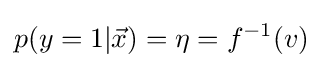
p(y=1|{\vec {x}})=\eta =f^{-1}(v)